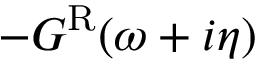
- G ^ { \mathrm { R } } ( \omega + i \eta )